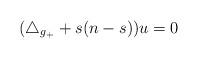
LaTeX: \begin{align*}(\triangle_{g_+}+s(n-s))u=0\end{align*}